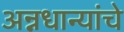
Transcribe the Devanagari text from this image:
अन्नधान्यांचे